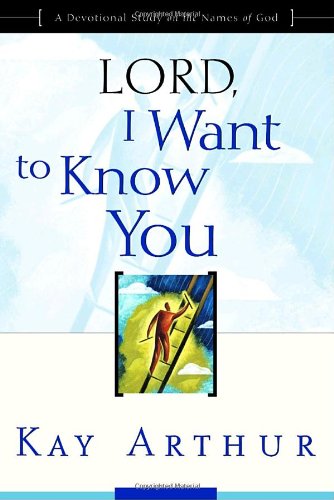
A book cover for Lord, I Want to Know You: A Devotional Study on the Names of God; Kay Arthur; Christian Books & Bibles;